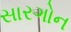
સારગોન